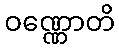
ဝဏ္ဏောတိ